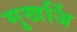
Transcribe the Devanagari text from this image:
मुखर्जि